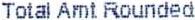
TOTAL AMT ROUNDED